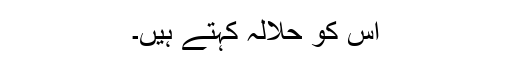
اس کو حلالہ کہتے ہیں۔